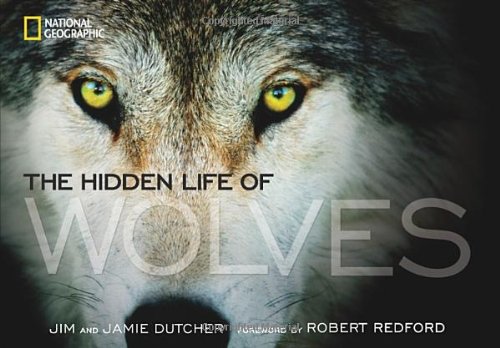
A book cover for The Hidden Life of Wolves; Jim Dutcher; Arts & Photography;